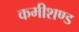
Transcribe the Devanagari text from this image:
कमीशण्ड